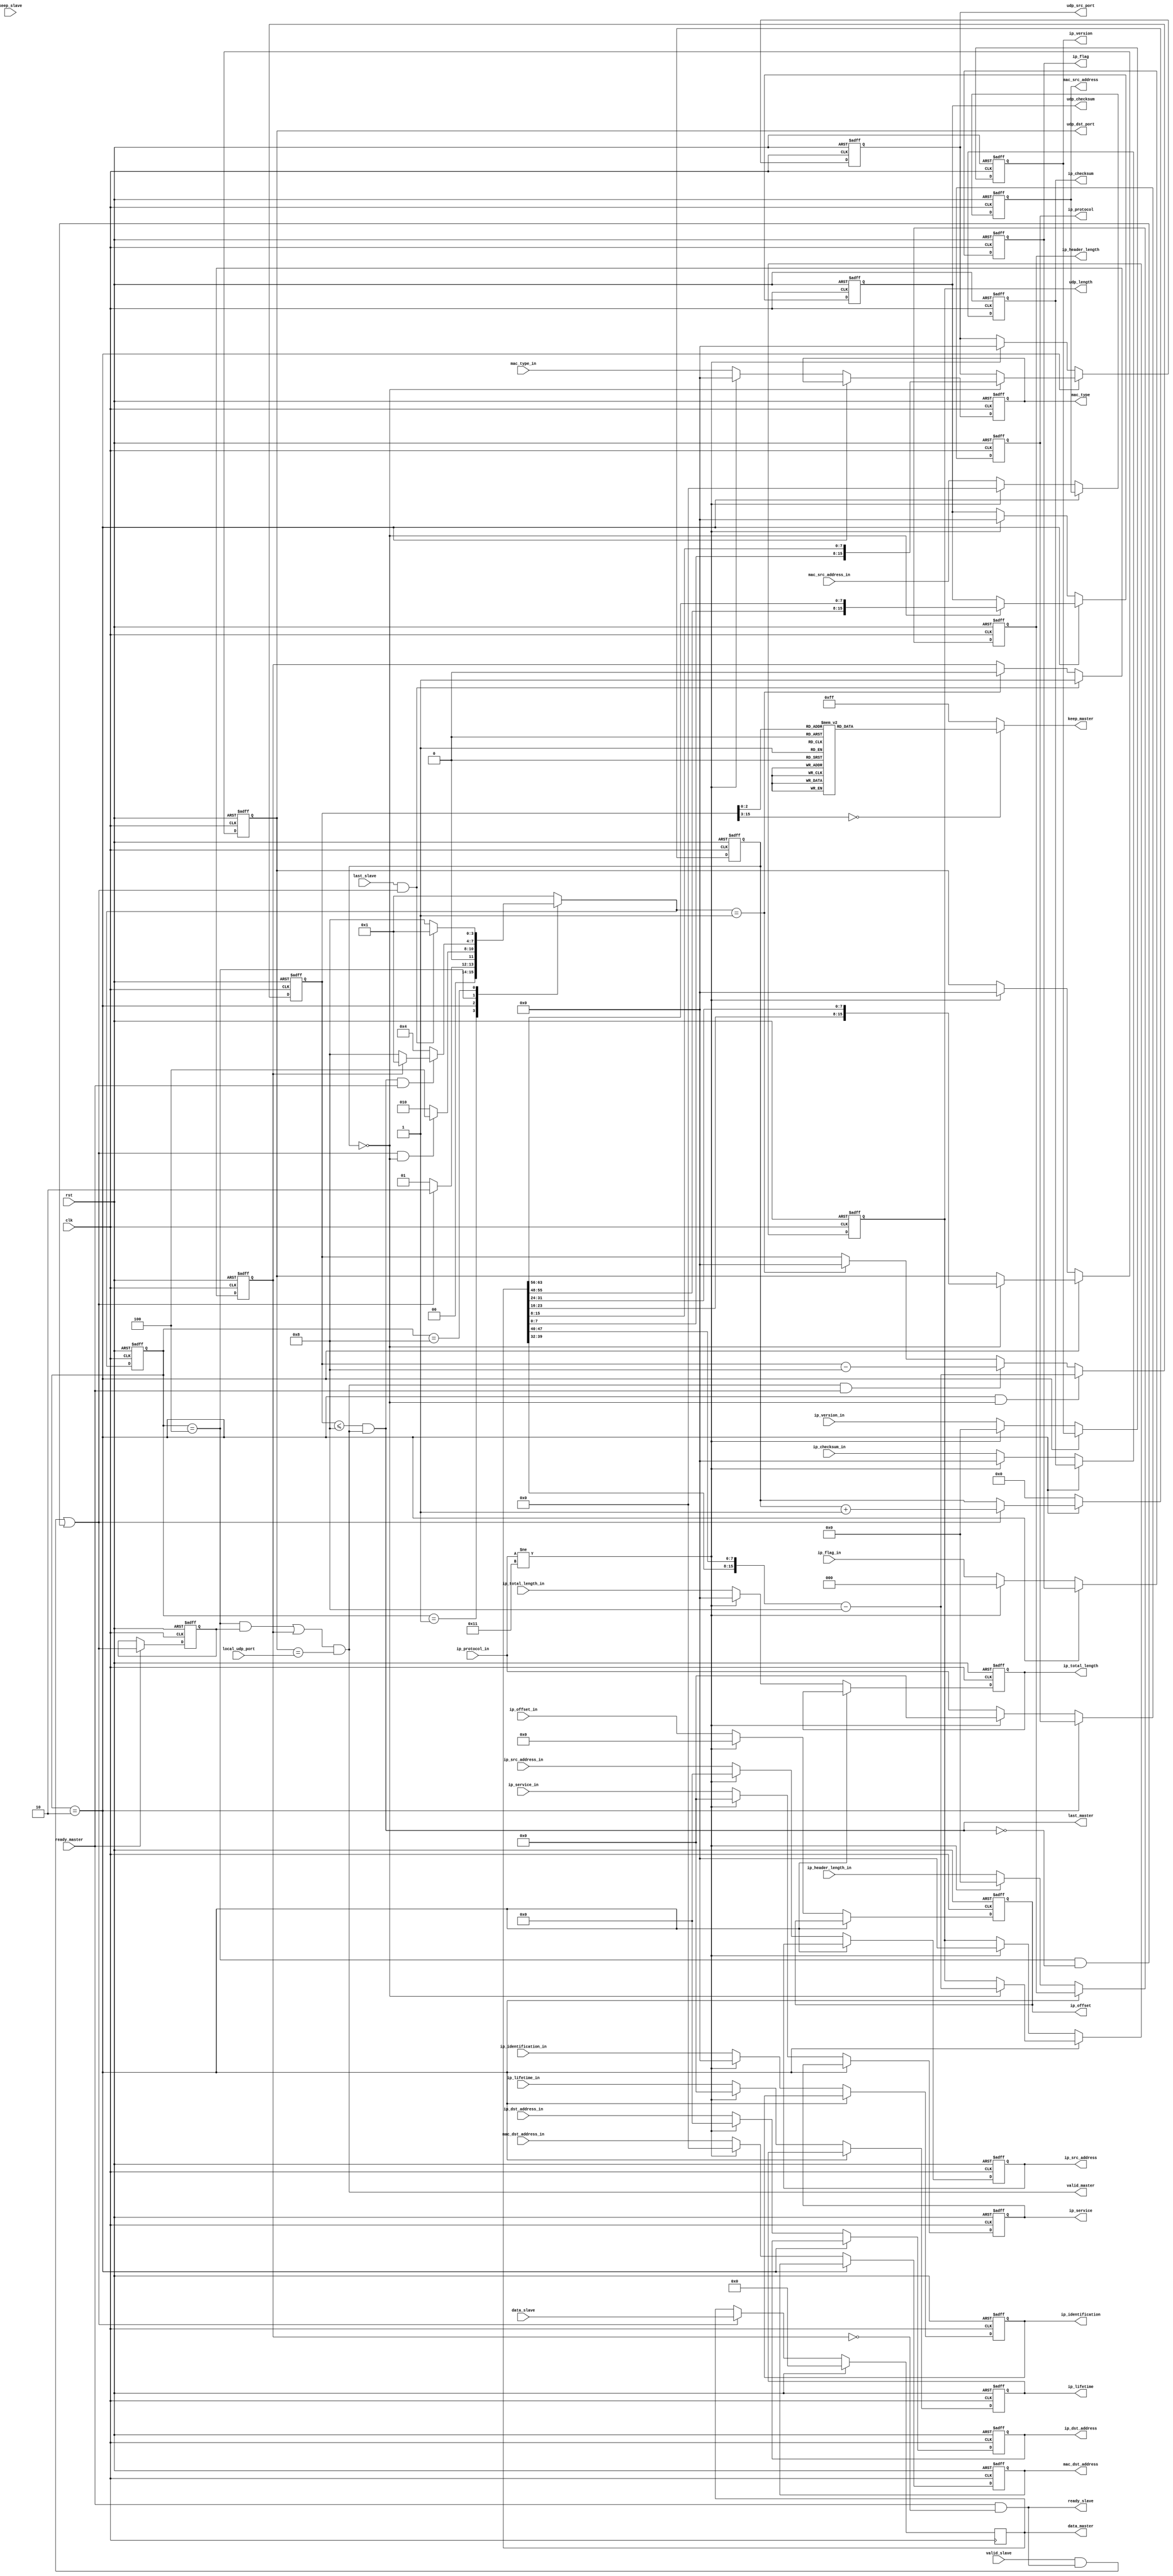
//////////////////////////////////////////////////
//Module  : udp_parser_new.v
//Func    : 
//Create  : 2018/3/15
//Version : 0.0.0.2
//////////////////////////////////////////////////


module udp_parser_new(
input  wire clk,
input  wire rst,

//Input AXI Stream Interface
input  wire [63   : 0]    data_slave,
input  wire [7    : 0]    keep_slave,
input  wire [0    : 0]    valid_slave,
input  wire [0    : 0]    last_slave,
output wire [0    : 0]    ready_slave,

//Output AXI Stream Interface
output wire [63   : 0]    data_master,
output wire [7    : 0]    keep_master,
output wire [0    : 0]    valid_master,
output wire [0    : 0]    last_master,
input  wire [0    : 0]    ready_master,

//filter message according to udp port
input wire  [15   : 0]    local_udp_port,

input wire  [47   : 0]    mac_src_address_in,
input wire  [47   : 0]    mac_dst_address_in,
input wire  [15   : 0]    mac_type_in,
input wire  [3    : 0]    ip_version_in,
input wire  [3    : 0]    ip_header_length_in,
input wire  [7    : 0]    ip_service_in,
input wire  [15   : 0]    ip_total_length_in,
input wire  [15   : 0]    ip_identification_in,
input wire  [2    : 0]    ip_flag_in,
input wire  [12   : 0]    ip_offset_in,
input wire  [7    : 0]    ip_lifetime_in,
input wire  [7    : 0]    ip_protocol_in,
input wire  [15   : 0]    ip_checksum_in,
input wire  [31   : 0]    ip_src_address_in,
input wire  [31   : 0]    ip_dst_address_in,

//Output results
output reg  [47   : 0]    mac_src_address,
output reg  [47   : 0]    mac_dst_address,
output reg  [15   : 0]    mac_type,
output reg  [3    : 0]    ip_version,
output reg  [3    : 0]    ip_header_length,
output reg  [7    : 0]    ip_service,
output reg  [15   : 0]    ip_total_length,
output reg  [15   : 0]    ip_identification,
output reg  [2    : 0]    ip_flag,
output reg  [12   : 0]    ip_offset,
output reg  [7    : 0]    ip_lifetime,
output reg  [7    : 0]    ip_protocol,
output reg  [15   : 0]    ip_checksum,
output reg  [31   : 0]    ip_src_address,
output reg  [31   : 0]    ip_dst_address,
output reg  [15   : 0]    udp_src_port,
output reg  [15   : 0]    udp_dst_port,
output reg  [15   : 0]    udp_length,
output reg  [15   : 0]    udp_checksum
);

localparam IDLE = 4'b0001,
           HEAD = 4'b0010,
           DATA = 4'b0100,
           WAIT = 4'b1000;

reg [3:0] ps;
reg [3:0] ns;

wire is_idle;
wire is_head;
wire is_data;
wire is_wait; 

assign is_idle = (ps == IDLE);
assign is_head = (ps == HEAD);
assign is_data = (ps == DATA);
assign is_wait = (ps == WAIT);

wire [63  :0] data_out;
reg  [7   :0] keep_out;
wire [0   :0] valid_out;
wire [0   :0] last_out;
wire [0   :0] ready_out;

reg  [63  :0] data;
reg  [0   :0] valid;
reg  [0   :0] last;
reg  [63  :0] data_r;
reg  [15  :0] length;
reg  [5   :0] header;
wire [63  :0] rdata;

assign data_out = data[63:0];

assign valid_out = (((is_data & valid) | last) & (udp_dst_port == local_udp_port));
assign last_out  = (length <= 'd8  ) & valid_out;
assign ready_slave = ready_out & ~last;


assign data_master  = data_out;
assign valid_master = valid_out;
assign keep_master  = keep_out;
assign last_master  = last_out;
assign ready_out    = ready_master;
always @ (*)
begin 
    keep_out = 0;
    case (length)
        'd7  : keep_out =   8'h7f;
        'd6  : keep_out =   8'h3f;
        'd5  : keep_out =   8'h1f;
        'd4  : keep_out =   8'h0f;
        'd3  : keep_out =   8'h07;
        'd2  : keep_out =   8'h03;
        'd1  : keep_out =   8'h01;
        'd0  : keep_out =   8'h00;
        default: keep_out =   8'hff;
    endcase
end

assign rdata = {
data[7   :   0],
data[15  :   8],
data[23  :  16],
data[31  :  24],
data[39  :  32],
data[47  :  40],
data[55  :  48],
data[63  :  56]
};

wire valid_ready;
assign valid_ready = (valid_slave & ready_slave) | (is_data & ~last_out);

wire true_last;
assign true_last = last_slave & valid_ready;

wire header_last;
assign header_last = (header == 'd0);

always @(posedge clk or posedge rst) 
begin
    if (rst) ps <= IDLE;
    else     ps <= ns;
end

always @ (*)
begin
    case (ps)
        IDLE:   if  (valid_ready)   ns = HEAD;
                else                ns = IDLE;
        HEAD:   if  (valid_ready & header_last)
                                    ns = DATA;
                else                ns = HEAD;
        DATA:   if (last_out & ready_master) 
                begin
                    if (last)       ns = IDLE;
                    else            ns = WAIT;
                end
                else                ns = DATA;
        WAIT:   if (true_last)      ns = IDLE;
                else                ns = WAIT;
        default:                    ns = IDLE;
    endcase
end

always @ (posedge clk)
begin 
    if (rst) begin 
        data <= 'b0;
        data_r <= 'b0;
    end
    else if (valid_ready) begin
        data <= data_slave;
        data_r <= data;
    end
    else begin
        data <= data;
        data_r <= data_r;
    end
end

always @ (posedge clk or posedge rst) 
begin
    if (rst)
        valid <= 'b0;
    else if (ready_master)
        valid <= valid_ready;
    else
        valid <= valid;
end

always @ (posedge clk or posedge rst)
begin
    if (rst)
        last <= 1'b0;
    else if (true_last)
        last <= 1'b1;
    else if (ns == IDLE)
        last <= 1'b0;
    else
        last <= last;
end

reg  [15   : 0]    udp_src_port_out;
reg  [15   : 0]    udp_dst_port_out;
reg  [15   : 0]    udp_length_out;
reg  [15   : 0]    udp_checksum_out;

always @ (posedge clk or posedge rst)
begin
    if (rst)
    begin
        mac_src_address <= 'd0;
        mac_dst_address <= 'd0;
        mac_type <= 'd0;
        ip_version <= 'd0;
        ip_header_length <= 'd0;
        ip_service <= 'd0;
        ip_total_length <= 'd0;
        ip_identification <= 'd0;
        ip_flag <= 'd0;
        ip_offset <= 'd0;
        ip_lifetime <= 'd0;
        ip_protocol <= 'd0;
        ip_checksum <= 'd0;
        ip_src_address <= 'd0;
        ip_dst_address <= 'd0;
        udp_src_port <= 'd0;
        udp_dst_port <= 'd0;
        udp_length <= 'd0;
        udp_checksum <= 'd0;
        udp_src_port_out <= 'd0;
        udp_dst_port_out <= 'd0;
        udp_length_out <= 'd0;
        udp_checksum_out <= 'd0;
    end
    else if (is_head)
        case (header)
            'd0   : 
            begin
                udp_src_port[15:0] <= rdata[63:48];
                udp_dst_port[15:0] <= rdata[47:32];
                udp_length[15:0] <= rdata[31:16] - 16'd8;
                udp_checksum[15:0] <= rdata[15:0];                
            end
        endcase
    else if(ip_protocol_in != 8'd17)
    begin
        mac_src_address <= 'd0;
        mac_dst_address <= 'd0;
        mac_type <= 'd0;
        ip_version <= 'd0;
        ip_header_length <= 'd0;
        ip_service <= 'd0;
        ip_total_length <= 'd0;
        ip_identification <= 'd0;
        ip_flag <= 'd0;
        ip_offset <= 'd0;
        ip_lifetime <= 'd0;
        ip_protocol <= 'd0;
        ip_checksum <= 'd0;
        ip_src_address <= 'd0;
        ip_dst_address <= 'd0;
        udp_src_port <= 'd0;
        udp_dst_port <= 'd0;
        udp_length <= 'd0;
        udp_checksum <= 'd0;
    end
    else
    begin
        mac_src_address <= mac_src_address_in;
        mac_dst_address <= mac_dst_address_in;
        mac_type <= mac_type_in;
        ip_version <= ip_version_in;
        ip_header_length <= ip_header_length_in;
        ip_service <= ip_service_in;
        ip_total_length <= ip_total_length_in;
        ip_identification <= ip_identification_in;
        ip_flag <= ip_flag_in;
        ip_offset <= ip_offset_in;
        ip_lifetime <= ip_lifetime_in;
        ip_protocol <= ip_protocol_in;
        ip_checksum <= ip_checksum_in;
        ip_src_address <= ip_src_address_in;
        ip_dst_address <= ip_dst_address_in;
        udp_src_port <= udp_src_port;
        udp_dst_port <= udp_dst_port;
        udp_length <= udp_length;
        udp_checksum <= udp_checksum;
    end       
end

always @ (posedge clk or posedge rst)
begin
    if (rst) 
        length <= 'd0;
    else if (is_head & (header == 'd0))
        length[15:0] <= rdata[31:16] - 16'd8;
    else if (valid_out & ready_master)
        length <= length - 'd8;
    else if (ns == IDLE) 
        length <= 'd0;
    else 
        length <= length;
end

always @(posedge clk or posedge rst) begin
    if (rst) 
        header <= 'd0;
    else if (~is_head)
        header <= 'd0;
    else if (valid_ready)
        header <= header + 'd1;
    else
        header <= header;
end

endmodule